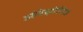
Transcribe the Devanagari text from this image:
ॲमेझोनिस